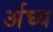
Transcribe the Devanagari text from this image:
र्अघ्य